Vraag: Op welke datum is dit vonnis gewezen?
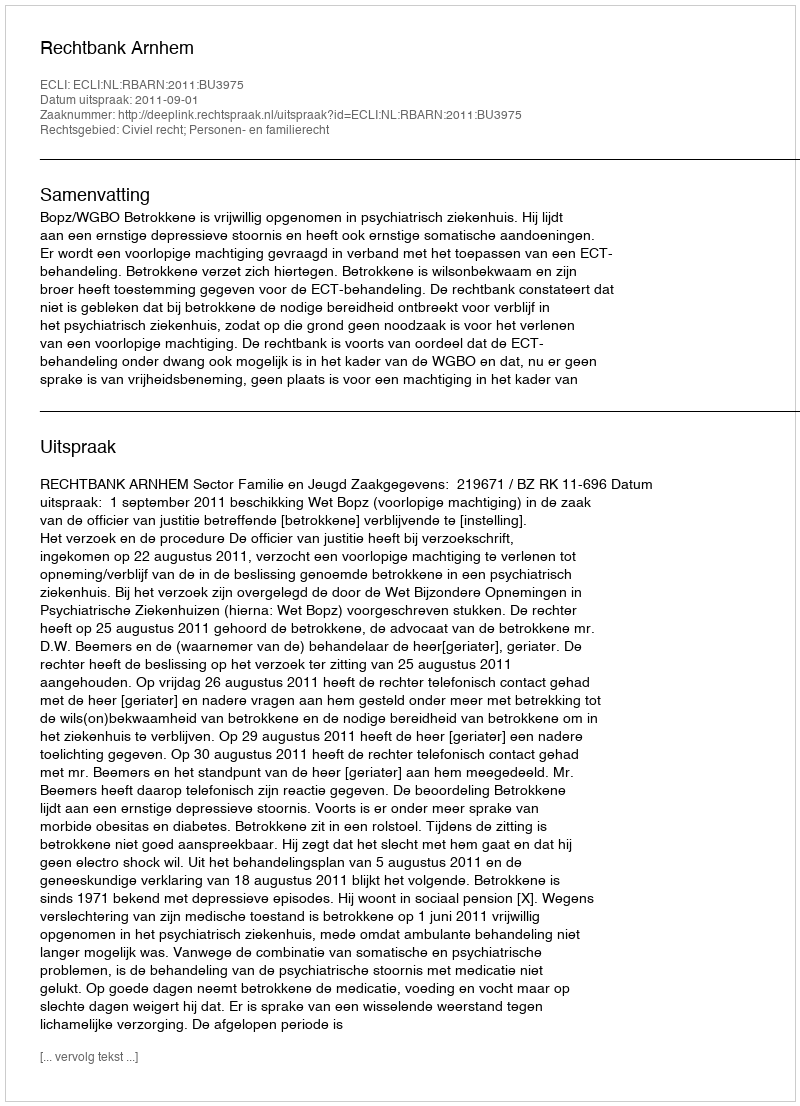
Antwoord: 2011-09-01